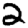
Digit: 2